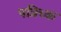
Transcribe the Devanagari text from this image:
पत्रिच्क